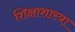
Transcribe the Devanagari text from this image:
शिक्षाशास्त्रा